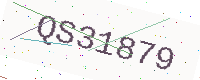
Text: QS31879